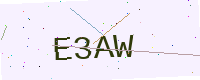
Text: E3AW